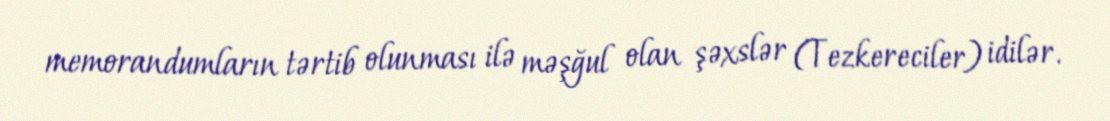
memorandumların tərtib olunması ilə məşğul olan şəxslər (Tezkereciler) idilər.